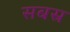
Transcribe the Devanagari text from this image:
सबस्र